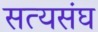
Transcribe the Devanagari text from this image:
सत्यसंघ